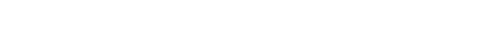
သူ ဖြတ်သွားလျှင် ကပ္ပလီ ပြည့်တန်ဆာမများက ပြောင်ကြသည်။